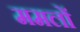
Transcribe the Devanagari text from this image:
ममलों